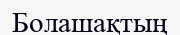
Болашақтың